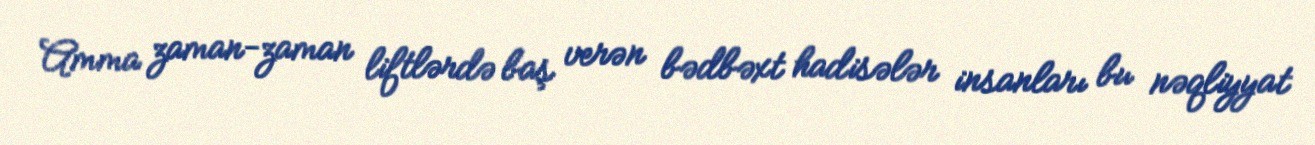
Amma zaman-zaman liftlərdə baş verən bədbəxt hadisələr insanları bu nəqliyyat